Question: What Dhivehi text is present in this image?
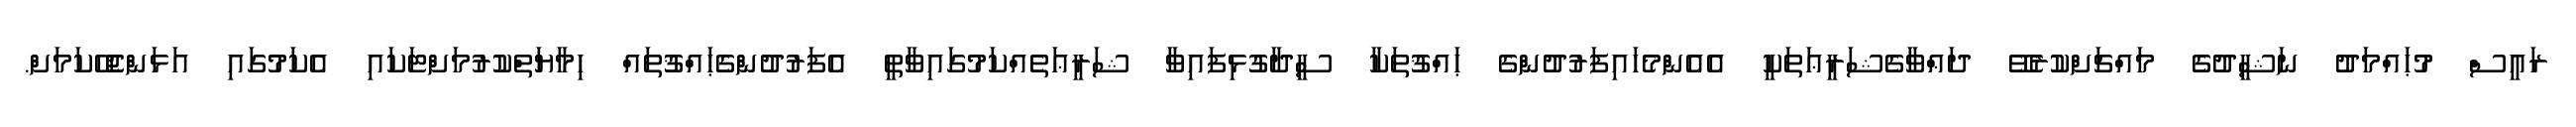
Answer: ރައީސް މުޙައްމަދު ނަޝީދުގެ މައްޗަށްކުރެވޭ ދަޢްވާގެޝަރީޢަތަކީ އެއެންމެހައިފަރުދުންގެ ޙައްޤުތަކާ ސީދާގުޅިފައިވާ ޝަރީޢަތެއްކަމުގައިވާތީ އެފަރުދުންގެޙައްޤުތައް ހިމާޔަތްކުރުމަށްޓަކައި އެކަމުގައި އަޅަންޖެހޭކަމަށް.